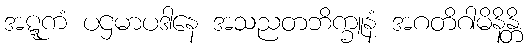
အဋ္ဋကံ ပဌမာပဒါနေ အသညတဘိက္ခူနံ အဂတိဂါမိနိန္တိ